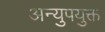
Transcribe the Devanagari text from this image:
अन्युपयुक्त